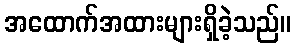
အထောက်အထားများရှိခဲ့သည်။